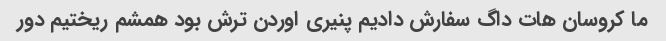
ما کروسان هات داگ سفارش دادیم پنیری اوردن ترش بود همشم ریختیم دور